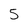
Character: 5